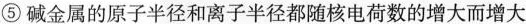
⑤碱金属的原子半径和离子半径都随核电荷数的增大而增大